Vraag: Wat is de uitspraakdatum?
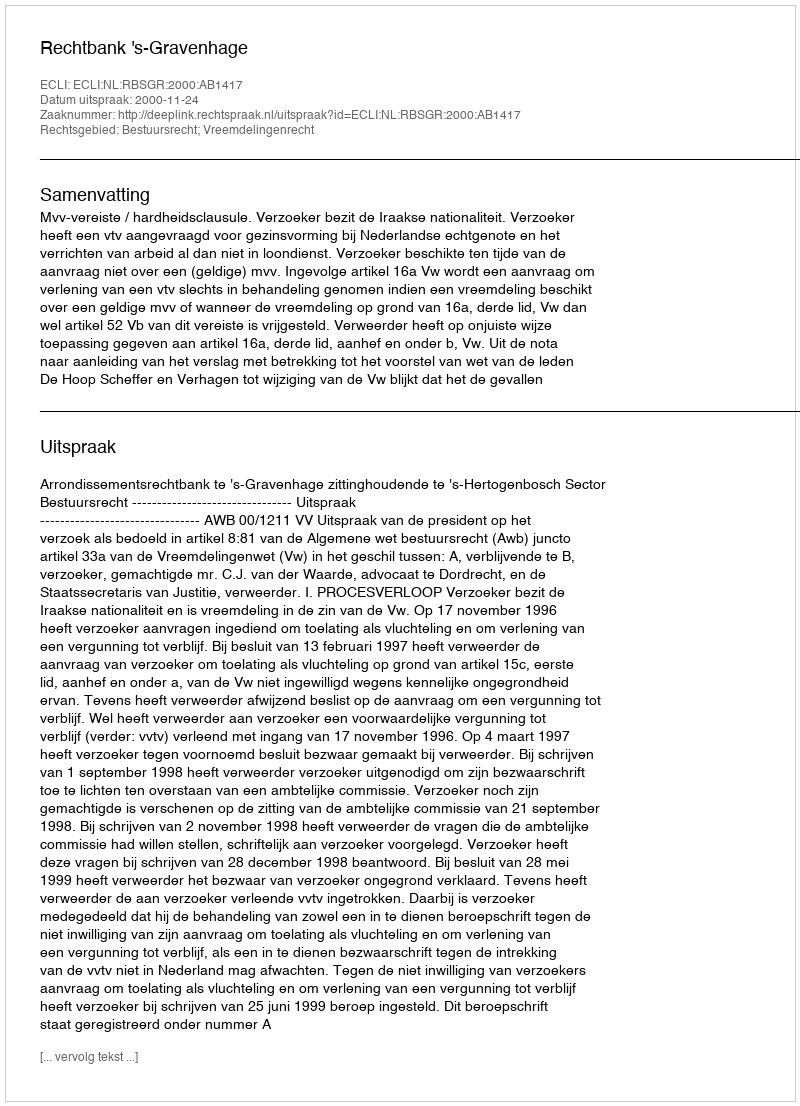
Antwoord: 2000-11-24